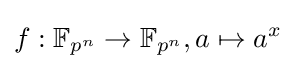
f:\mathbb {F} _{p^{n}}\to \mathbb {F} _{p^{n}},a\mapsto a^{x}